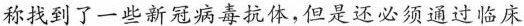
称找到了一些新冠病毒抗体,但是还必须通过临床